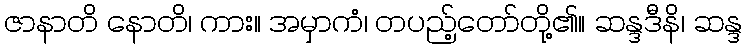
ဇာနာတိ နောတိ၊ ကား။ အမှာကံ၊ တပည့်တော်တို့၏။ ဆန္ဒဒီနိ၊ ဆန္ဒ